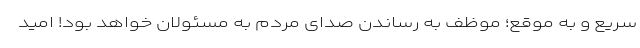
سریع و به موقع؛ موظف به رساندن صدای مردم به مسئولان خواهد بود! امید